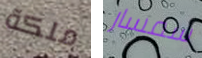
ملكة سمسار